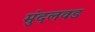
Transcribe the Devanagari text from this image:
मुंदलवड